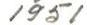
1951